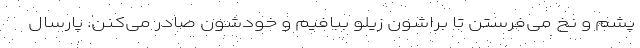
پشم و نخ می‌فرستن تا براشون زیلو ببافیم و خودشون صادر می‌کنن. پارسال